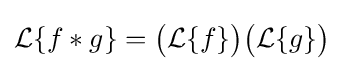
{\mathcal {L}}\{f*g\}={\bigl (}{\mathcal {L}}\{f\}{\bigr )}{\bigl (}{\mathcal {L}}\{g\}{\bigr )}